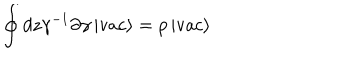
\oint d z \gamma ^ { - 1 } \partial \gamma \left| \mathrm { v a c } \right> = p \left| \mathrm { v a c } \right>